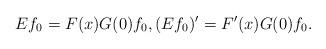
LaTeX: \begin{align*} &Ef_0=F(x)G(0)f_0, (Ef_0)^{\prime}=F^{\prime}(x)G(0)f_0.\end{align*}